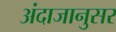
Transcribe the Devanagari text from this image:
अंदाजानुसर